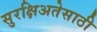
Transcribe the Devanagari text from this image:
सुरक्षिअतेसाठी